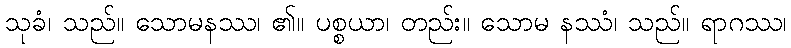
သုခံ၊ သည်။ သောမနဿ၊ ၏။ ပစ္စယာ၊ တည်း။ သောမ နဿံ၊ သည်။ ရာဂဿ၊